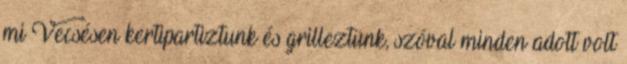
mi Vecsésen kertipartiztunk és grilleztünk, szóval minden adott volt